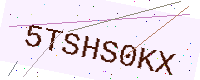
Text: 5TSHS0KX